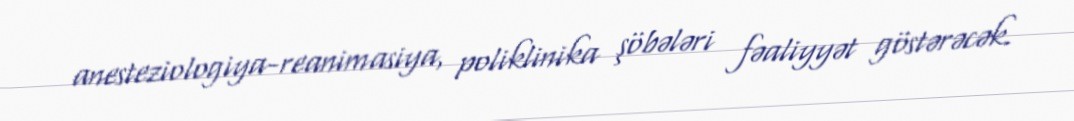
anesteziologiya-reanimasiya, poliklinika şöbələri fəaliyyət göstərəcək.